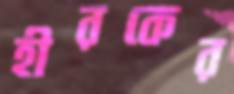
হীরকের